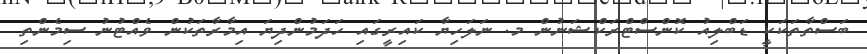
ބަސްތާތަކަކީ ޑަބްލިއު ކޮންސްޓްރަކްޝަނުން މ. ނަލަހިޔާ ކައިރީގައި ހަދަމުންދިޔަ އިމާރާތަކުން ވެއްޓުނު ސިމެންތި